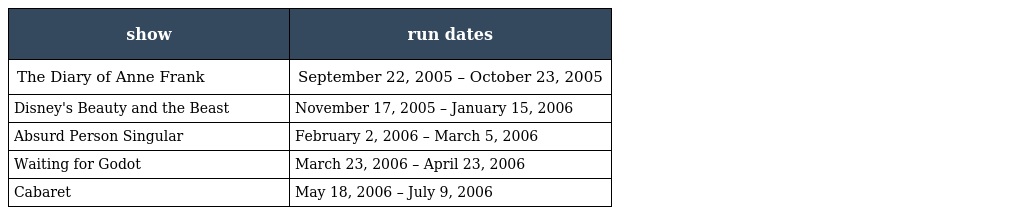
| show | run dates |
 | --- | --- |
 | The Diary of Anne Frank | September 22, 2005 – October 23, 2005 |
 | Disney's Beauty and the Beast | November 17, 2005 – January 15, 2006 |
 | Absurd Person Singular | February 2, 2006 – March 5, 2006 |
 | Waiting for Godot | March 23, 2006 – April 23, 2006 |
 | Cabaret | May 18, 2006 – July 9, 2006 |